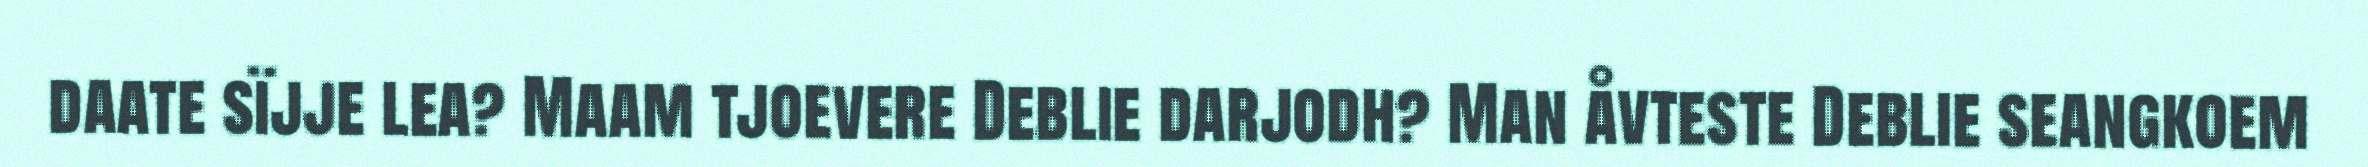
daate sïjje lea? Maam tjoevere Deblie darjodh? Man åvteste Deblie seangkoem